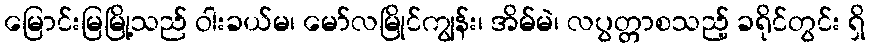
မြောင်းမြမြို့သည် ဝါးခယ်မ၊ မော်လမြိုင်ကျွန်း၊ အိမ်မဲ၊ လပွတ္တာစသည့် ခရိုင်တွင်း ရှိ